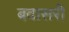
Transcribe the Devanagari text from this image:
बवासरी